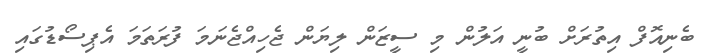
ބެނިއޮފް އިތުރަށް ބުނީ އަލުން މި ސީޒަން ލިޔަން ޖެހިއްޖެނަމަ ފުރަތަމަ އެޕިސޯޑުގައި